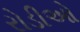
રોડીઓ